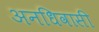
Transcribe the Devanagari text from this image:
अनधिवासी